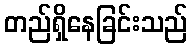
တည်ရှိနေခြင်းသည်